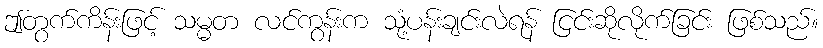
ဤတွက်ကိန်းဖြင့် သမ္မတ လင်ကွန်းက သုံ့ပန်းချင်းလဲရန် ငြင်းဆိုလိုက်ခြင်း ဖြစ်သည်။